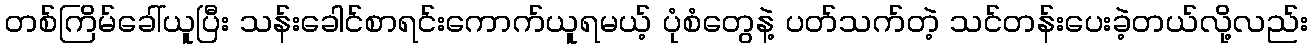
တစ်ကြိမ်ခေါ်ယူပြီး သန်းခေါင်စာရင်းကောက်ယူရမယ့် ပုံစံတွေနဲ့ ပတ်သက်တဲ့ သင်တန်းပေးခဲ့တယ်လို့လည်း